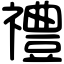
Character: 禮